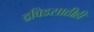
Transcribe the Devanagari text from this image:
द्रविडसाठीही